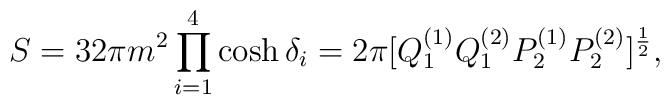
S=32\pi m^2\prod^4_{i=1}\cosh\delta_i=2\pi[Q^{(1)}_1Q^{(2)}_1P^{(1)}_2P^{(2)}_2]^{1\over 2},